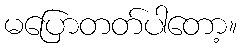
မပြောတတ်ပါတော့။